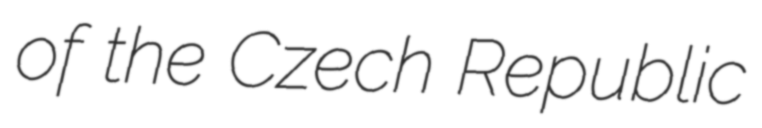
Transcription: of the Czech Republic